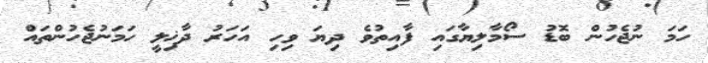
ހަމަ ނުޖެހުން ބޮޑު ސޯމާލިޔާގައި ފާއިތުވެ ދިޔަ ވިހި އަހަރު ދާޚިލީ ހަމަނުޖެހުންތައް